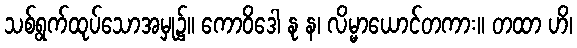
သစ်ရွက်ထုပ်သောအမှု၌။ ကောဝိဒေါ နု န၊ လိမ္မာယောင်တကား။ တထာ ဟိ၊